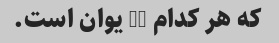
که هر کدام 35 یوان است.